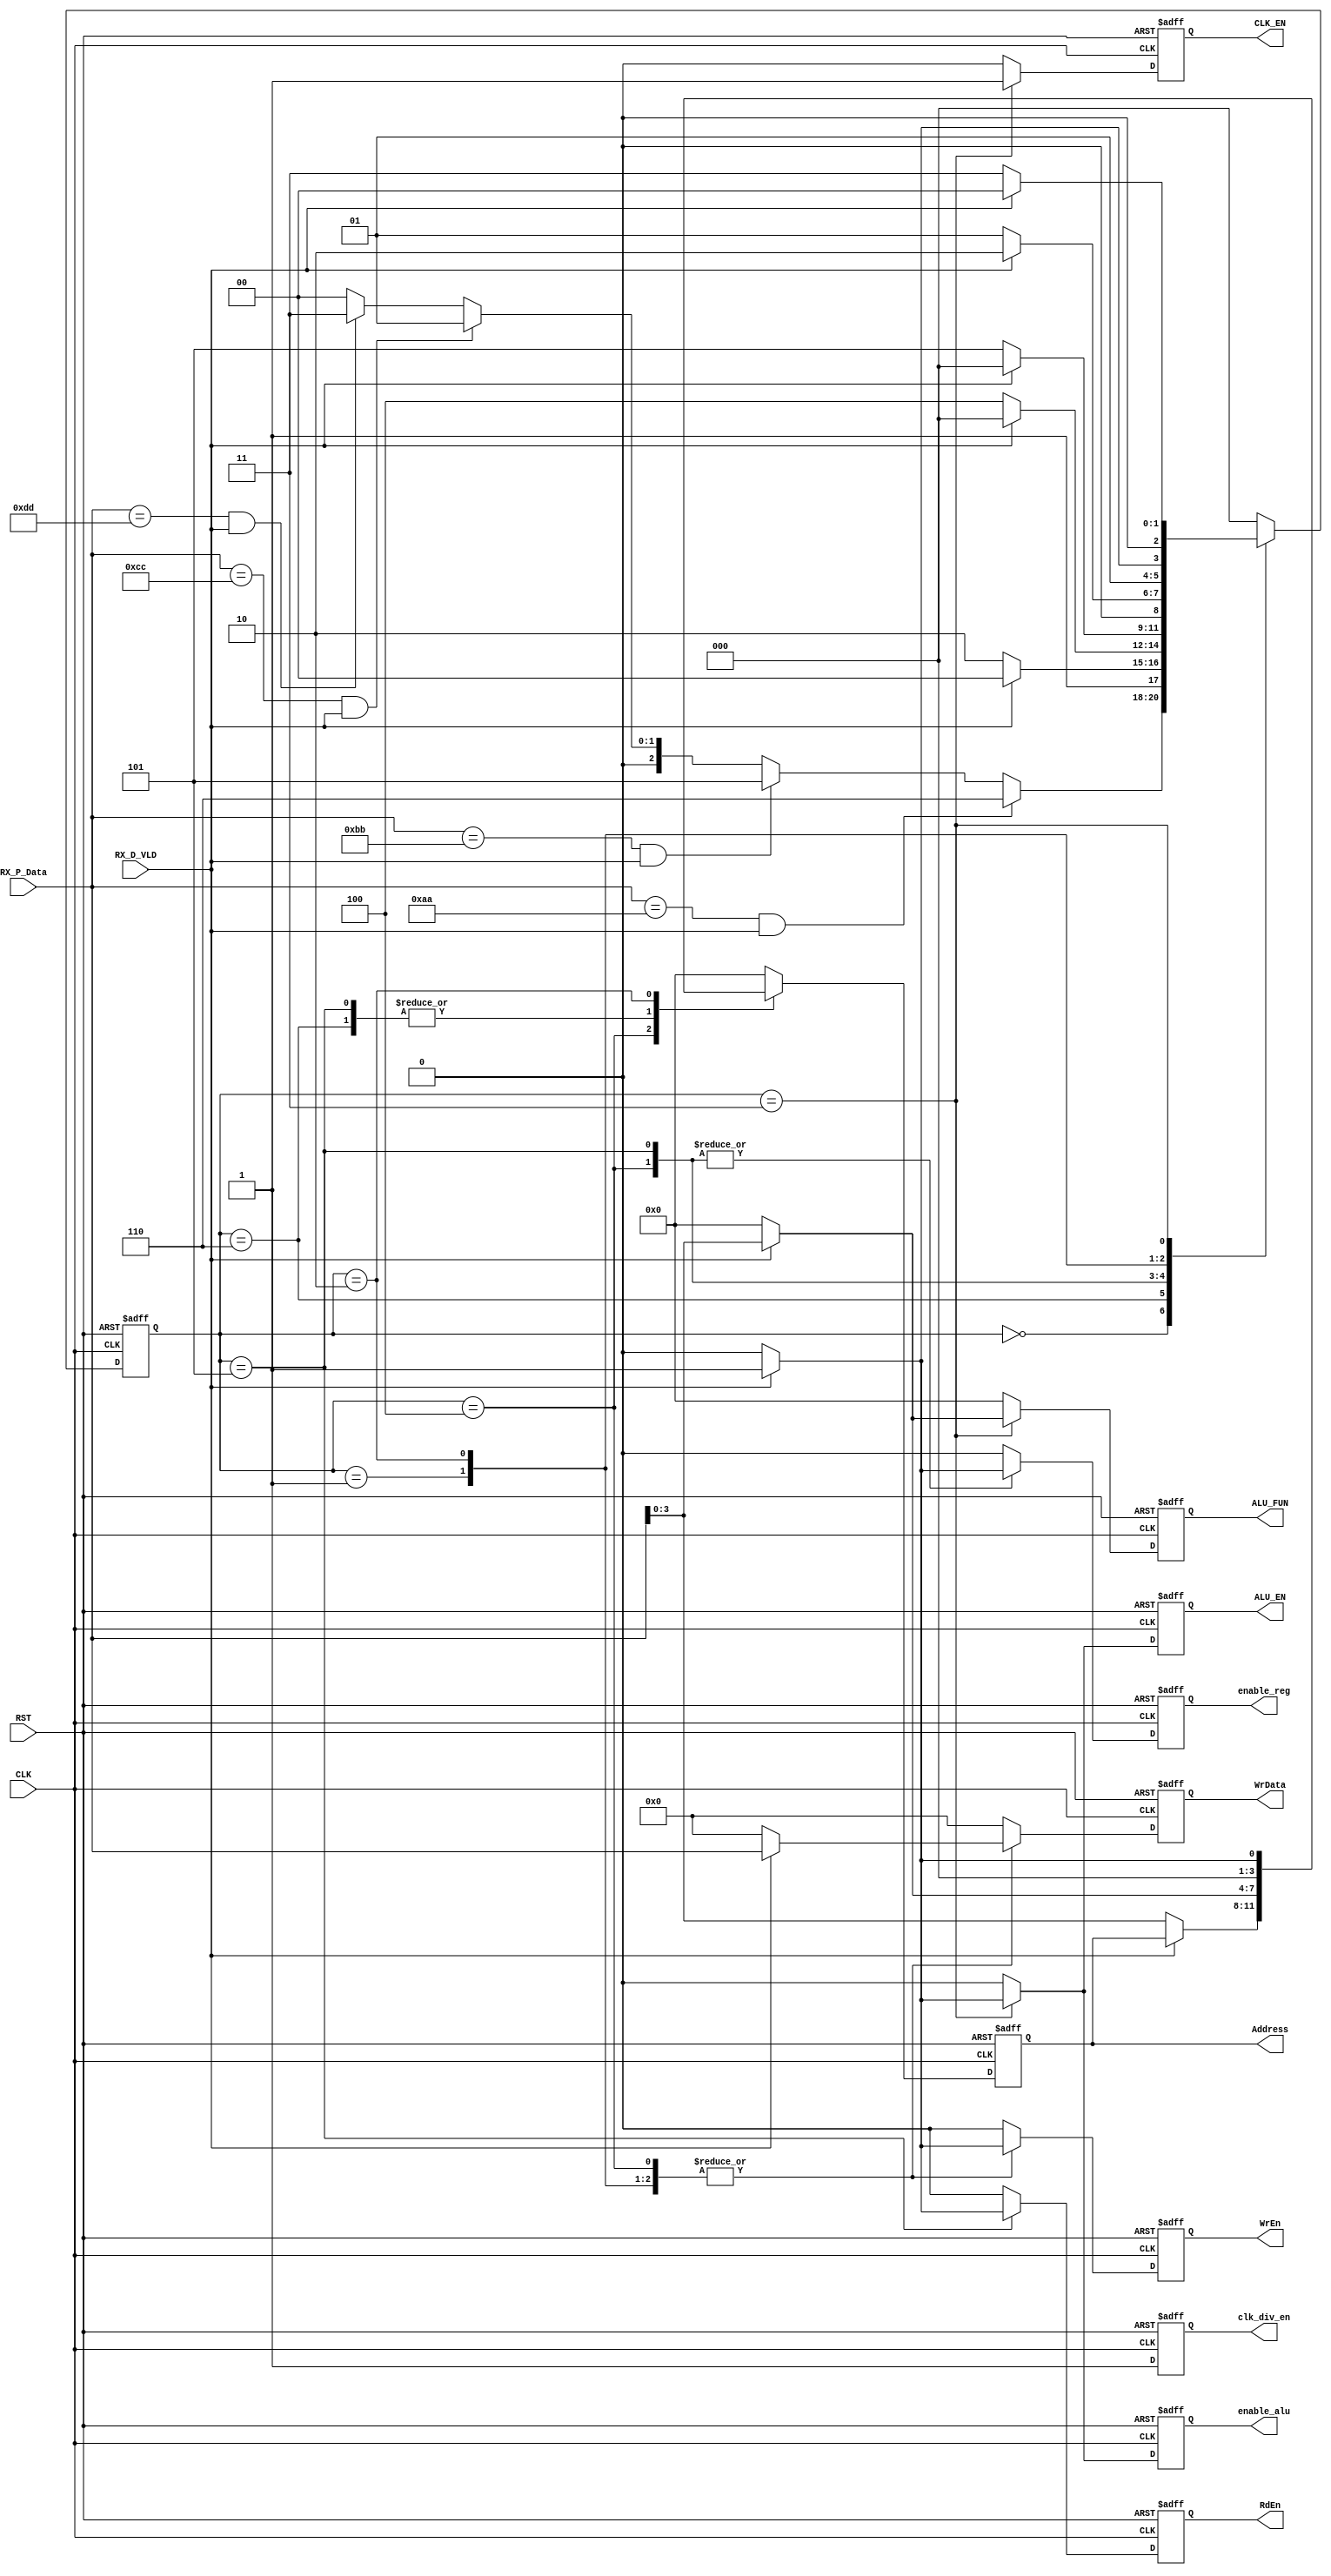
/*
   ******  FSM Block ******
   by:
       Mohamed Hazem Mamdouh
       10-9-2022
       3:54 PM   
*/


//********** inputs and outputs ports decleration *************//


module CTRL_RX # (
    parameter WIDTH  = 8
    ) 
(

input   wire                       CLK,
input   wire                       RST,
input   wire    [WIDTH-1:0]        RX_P_Data,
input   wire                       RX_D_VLD,
output  reg                        ALU_EN,CLK_EN,WrEn,RdEn,clk_div_en,
output  reg     [WIDTH-1:0]        WrData,
output  reg     [3:0]              Address,ALU_FUN,
output  reg                        enable_alu,enable_reg
);


// gray state encoding
localparam   [2:0]     IDLE        = 3'b000,
                       OP_A        = 3'b001,
                       OP_B        = 3'b010,
                       alu_fun     = 3'b011,
                       wr_data     = 3'b100,
                       rd_data     = 3'b101,
                       wr_addr     = 3'b110;


reg  [2:0]             Current_State, Next_State;
			

reg                    ALU_EN_c,CLK_EN_c,WrEn_c,RdEn_c,clk_div_en_c;
reg  [WIDTH-1:0]       WrData_c;
reg     [3:0]          Address_c,ALU_FUN_c;
reg                    enable_alu_c,enable_reg_c;


//state transiton 
always @ (posedge CLK or negedge RST)
 begin
  if(!RST)
   begin
    Current_State <= IDLE ;
   end
  else
   begin
    Current_State <= Next_State ;
   end
 end
 

// next state logic
always @ (*)
 begin


  case(Current_State)
  IDLE      : begin
              if((RX_P_Data == 8'hAA) && (RX_D_VLD))
			        Next_State = wr_addr ;
			        else if ((RX_P_Data == 8'hBB) && (RX_D_VLD))
			        Next_State = rd_data ; 
              else if ((RX_P_Data == 8'hCC) && (RX_D_VLD))
			        Next_State = OP_A ; 
              else if ((RX_P_Data == 8'hDD) && (RX_D_VLD))
			        Next_State = alu_fun ;
              else
              Next_State = IDLE; 			
              end

  wr_addr   : begin
              if(RX_D_VLD)
			        Next_State = wr_data;
              else
              Next_State = wr_addr;		
              end
  wr_data   : begin
              if(RX_D_VLD)
              Next_State = IDLE;
              else
              Next_State = wr_data;	
              end
  rd_data   : begin
              if(RX_D_VLD)
              Next_State = IDLE;
              else
              Next_State = rd_data;
              end
  OP_A      : begin
              if(RX_D_VLD)
              Next_State = OP_B;
              else
              Next_State = OP_A;
              end
  OP_B      : begin
              if(RX_D_VLD)
              Next_State = alu_fun;
              else
              Next_State = OP_B;
              end
  alu_fun   : begin
              if(RX_D_VLD)
              Next_State = IDLE;
              else
              Next_State = alu_fun;
              end
                          

  default   : begin
			        Next_State = IDLE ; 
              end	
  endcase                 	   
 end 

 
// output logic
always @ (*)
 begin
              ALU_EN_c     = 'b0;
              CLK_EN_c     = 'b0;
              WrEn_c       = 'b0;
              RdEn_c       = 'b0;
              clk_div_en_c = 'b1;
              WrData_c     = 'b0;
              Address_c    = 'b0;
              ALU_FUN_c    = 'b0;
              enable_alu_c = 'b0;
              enable_reg_c = 'b0;
              
  case(Current_State)
  IDLE      : begin
              ALU_EN_c     = 'b0;
              CLK_EN_c     = 'b0;
              WrEn_c       = 'b0;
              RdEn_c       = 'b0;
              clk_div_en_c = 'b1;
              WrData_c     = 'b0;
              Address_c    = 'b0;
              ALU_FUN_c    = 'b0;
              enable_alu_c = 'b0;
              enable_reg_c = 'b0;
              end
  wr_addr   : begin
              if(RX_D_VLD)
              begin
              Address_c = RX_P_Data[3:0];
			        end
              else
              Address_c    = 'b0;
              end
  wr_data   : begin
              if(RX_D_VLD)
              begin
              WrEn_c    = 1'b1;
              Address_c = Address;
              WrData_c  = RX_P_Data;
              enable_reg_c = 1'b1;
              end
              else
              Address_c = RX_P_Data[3:0];
              end
  rd_data   : begin
              if(RX_D_VLD)
              begin
              RdEn_c    = 1'b1;
              Address_c = RX_P_Data;
              enable_reg_c = 1'b1;
              end
              else
              Address_c    = 'b0;
              end
  OP_A      : begin
              if(RX_D_VLD)
              begin
              Address_c = 'b0000;
              WrEn_c    = 1'b1;
              WrData_c  = RX_P_Data;
              end
              else
              Address_c = 'b0;
              end
  OP_B      : begin
              if(RX_D_VLD)
              begin
              Address_c = 'b0001;
              WrEn_c    = 1'b1;
              WrData_c  = RX_P_Data;
              end
              else
              Address_c = 'b0;
              end
  alu_fun   : begin
              CLK_EN_c  = 1'b1;
              if(RX_D_VLD)
              begin
              Address_c    = 'b0;
              ALU_EN_c     = 1'b1;
              ALU_FUN_c    = RX_P_Data;
              enable_alu_c = 1'b1;
              end
              else
              Address_c    = 'b0;
              end                        
  default:    begin
              ALU_EN_c     = 'b0;
              CLK_EN_c     = 'b0;
              WrEn_c       = 'b0;
              RdEn_c       = 'b0;
              clk_div_en_c = 'b1;
              WrData_c     = 'b0;
              Address_c    = 'b0;
              ALU_FUN_c    = 'b0;		
              end	
  endcase         	                       	              
 end 
 
 

//register output 
always @ (posedge CLK or negedge RST)

  begin
  if(!RST)
   begin
    ALU_EN      <= 0;
    CLK_EN      <= 0;
    WrEn        <= 0;
    RdEn        <= 0;
    clk_div_en  <= 0;
    WrData      <= 0;
    Address     <= 0;
    ALU_FUN     <= 0;
    enable_alu  <= 0;
    enable_reg  <= 0;
   end
  else
   begin
    ALU_EN      <= ALU_EN_c;
    CLK_EN      <= CLK_EN_c;
    WrEn        <= WrEn_c;
    RdEn        <= RdEn_c;
    clk_div_en  <= clk_div_en_c;
    WrData      <= WrData_c;
    Address     <= Address_c;
    ALU_FUN     <= ALU_FUN_c;
    enable_alu  <= enable_alu_c;
    enable_reg  <= enable_reg_c;
    
   end
 end


endmodule